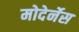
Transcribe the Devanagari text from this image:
मोदेर्नेस